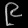
Digit: ၉